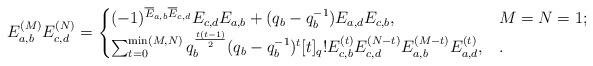
LaTeX: \begin{align*}E_{a,b}^{(M)}E_{c,d}^{(N)}=\begin{cases} (-1)^{\overline{E}_{a,b}\overline{E}_{c,d}}E_{c,d}E_{a,b}+(q_b-q_b^{-1})E_{a,d}E_{c,b}, & M=N=1;\\\sum_{t=0}^{\min(M,N)}q_{b}^{\frac{t(t-1)}{2}}(q_b-q_b^{-1})^t[t]_q!E_{c,b}^{(t)}E_{c,d}^{(N-t)}E_{a,b}^{(M-t)}E_{a,d}^{(t)},&.\end{cases}\end{align*}